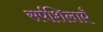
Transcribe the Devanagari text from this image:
सर्पशिलाएँ